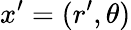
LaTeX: x^{\prime}=(r^{\prime},\theta)